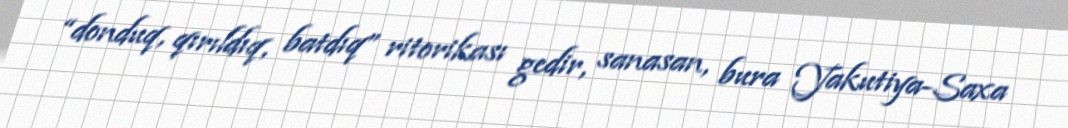
“donduq, qırıldıq, batdıq” ritorikası gedir, sanasan, bura Yakutiya-Saxa